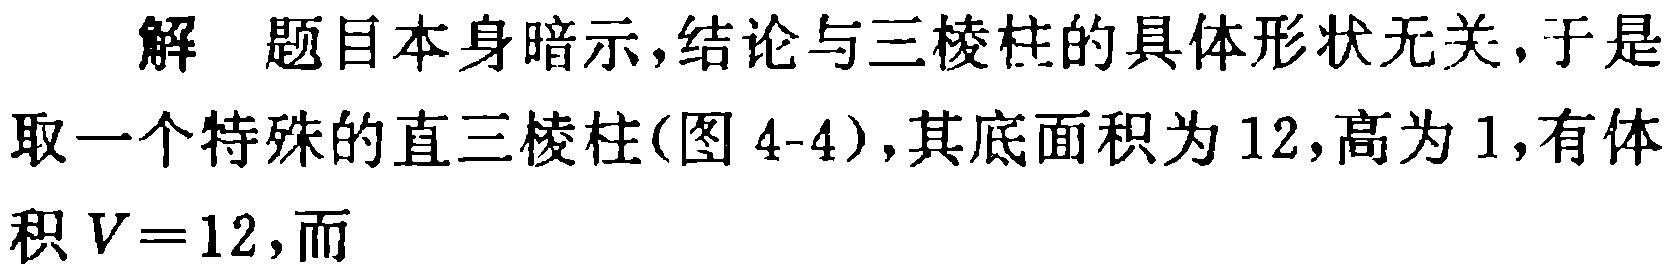
解 题目本身暗示,结论与三棱柱的具体形状无关,于是取一个特殊的直三棱柱(图 4-4),其底面积为 12,高为 1,有体积 \(V = 12\),而